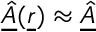
\underline { { \hat { A } } } ( \underline { { r } } ) \approx \underline { { \hat { A } } }